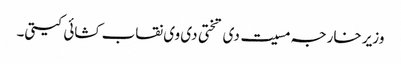
وزیر خارجہ مسیت دی تختی دی وی نقاب کشائی کیتی۔